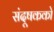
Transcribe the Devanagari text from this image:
संदूषकको